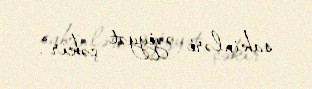
sakinləri əziyyət çəkir".